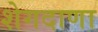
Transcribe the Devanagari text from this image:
शेगदाणा